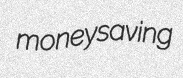
moneysaving